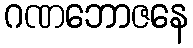
ဂဏဘောဇနေ